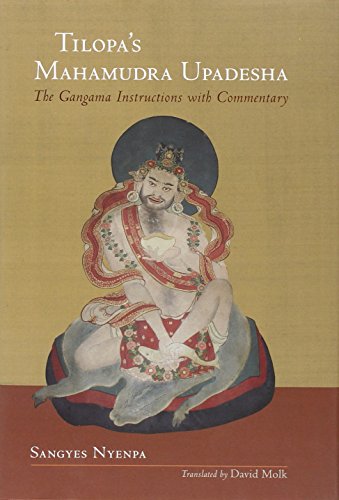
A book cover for Tilopa's Mahamudra Upadesha: The Gangama Instructions with Commentary; Sangyes Nyenpa; Religion & Spirituality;